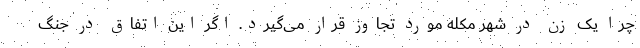
چرا یک زن در شهر مکله مورد تجاوز قرار می‌گیرد. اگر این اتفاق در جنگ